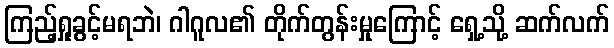
ကြည့်ရှုခွင့်မရဘဲ၊ ဂါဂူလ၏ တိုက်တွန်းမှုကြောင့် ရှေ့သို့ ဆက်လက်